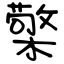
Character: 檠